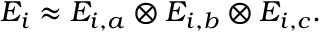
E _ { i } \approx E _ { i , a } \otimes E _ { i , b } \otimes E _ { i , c } .